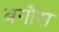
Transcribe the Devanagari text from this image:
बगौरा